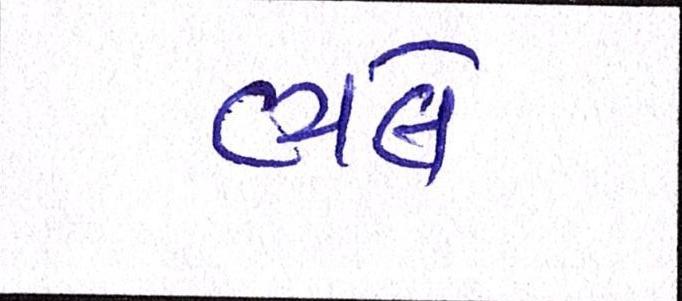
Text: ભલે